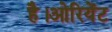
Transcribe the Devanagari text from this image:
है।ओरियेंट